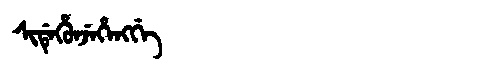
Manchu: ᠰᡳᡩᡝᡥᡠᠨᠵᡝᡥᡝᠩᡤᡝ
Romanization: SIDEHUNJEHENGGE